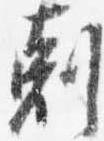
剋